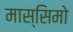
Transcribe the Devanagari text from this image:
मास्‍सिमो